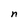
Character: n